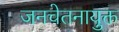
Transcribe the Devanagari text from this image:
जनचेतनायुक्त